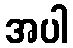
အပါ